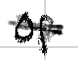
Text: of
Cross-out: scratch
Writing tool: digital_black